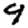
Digit: 9